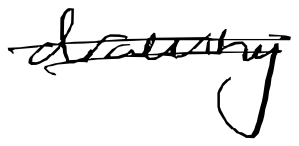
Text: drawing
Cross-out: mix
Writing tool: digital_black